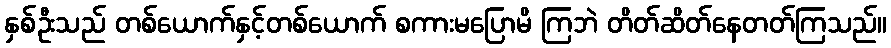
နှစ်ဦးသည် တစ်ယောက်နှင့်တစ်ယောက် စကားမပြောမိ ကြဘဲ တိတ်ဆိတ်နေတတ်ကြသည်။